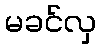
မခင်လှ